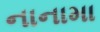
નાનામા